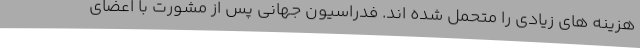
هزینه های زیادی را متحمل شده اند. فدراسیون جهانی پس از مشورت با اعضای